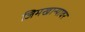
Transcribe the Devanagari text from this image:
जिमखान्यावर